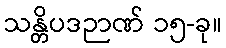
သန္တိပဒဉာဏ် ၁၅-ခု။